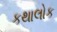
કથાલોક